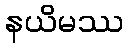
နယိမဿ